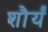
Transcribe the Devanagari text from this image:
शौर्यं